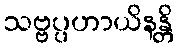
သဗ္ဗပ္ပဟာယိနန္တိ